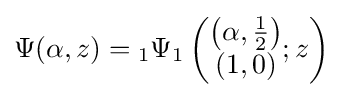
\Psi (\alpha ,z)={}_{1}\Psi _{1}\left({\begin{matrix}\left(\alpha ,{\frac {1}{2}}\right)\\(1,0)\end{matrix}};z\right)